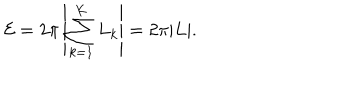
{ \cal E } = 2 \pi \left| \sum _ { k = 1 } ^ { K } L _ { k } \right| = 2 \pi | L | .